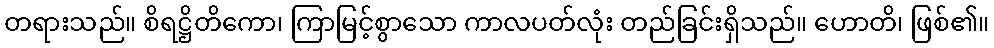
တရားသည်။ စိရဋ္ဌိတိကော၊ ကြာမြင့်စွာသော ကာလပတ်လုံး တည်ခြင်းရှိသည်။ ဟောတိ၊ ဖြစ်၏။